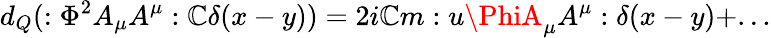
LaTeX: d_{Q}(:\Phi^{2}A_{\mu}A^{\mu}:\mathbb{C}\delta(x-y))=2i\mathbb{C}m:u\PhiA_{\mu}A^{\mu}:\delta(x-y)+...